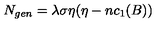
N _ { g e n } = \lambda \sigma \eta ( \eta - n c _ { 1 } ( B ) )